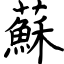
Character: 蘇